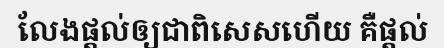
លែងផ្តល់ឲ្យជាពិសេសហើយ គឺផ្តល់